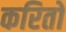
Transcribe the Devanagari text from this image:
करितों